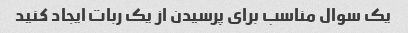
یک سوال مناسب برای پرسیدن از یک ربات ایجاد کنید